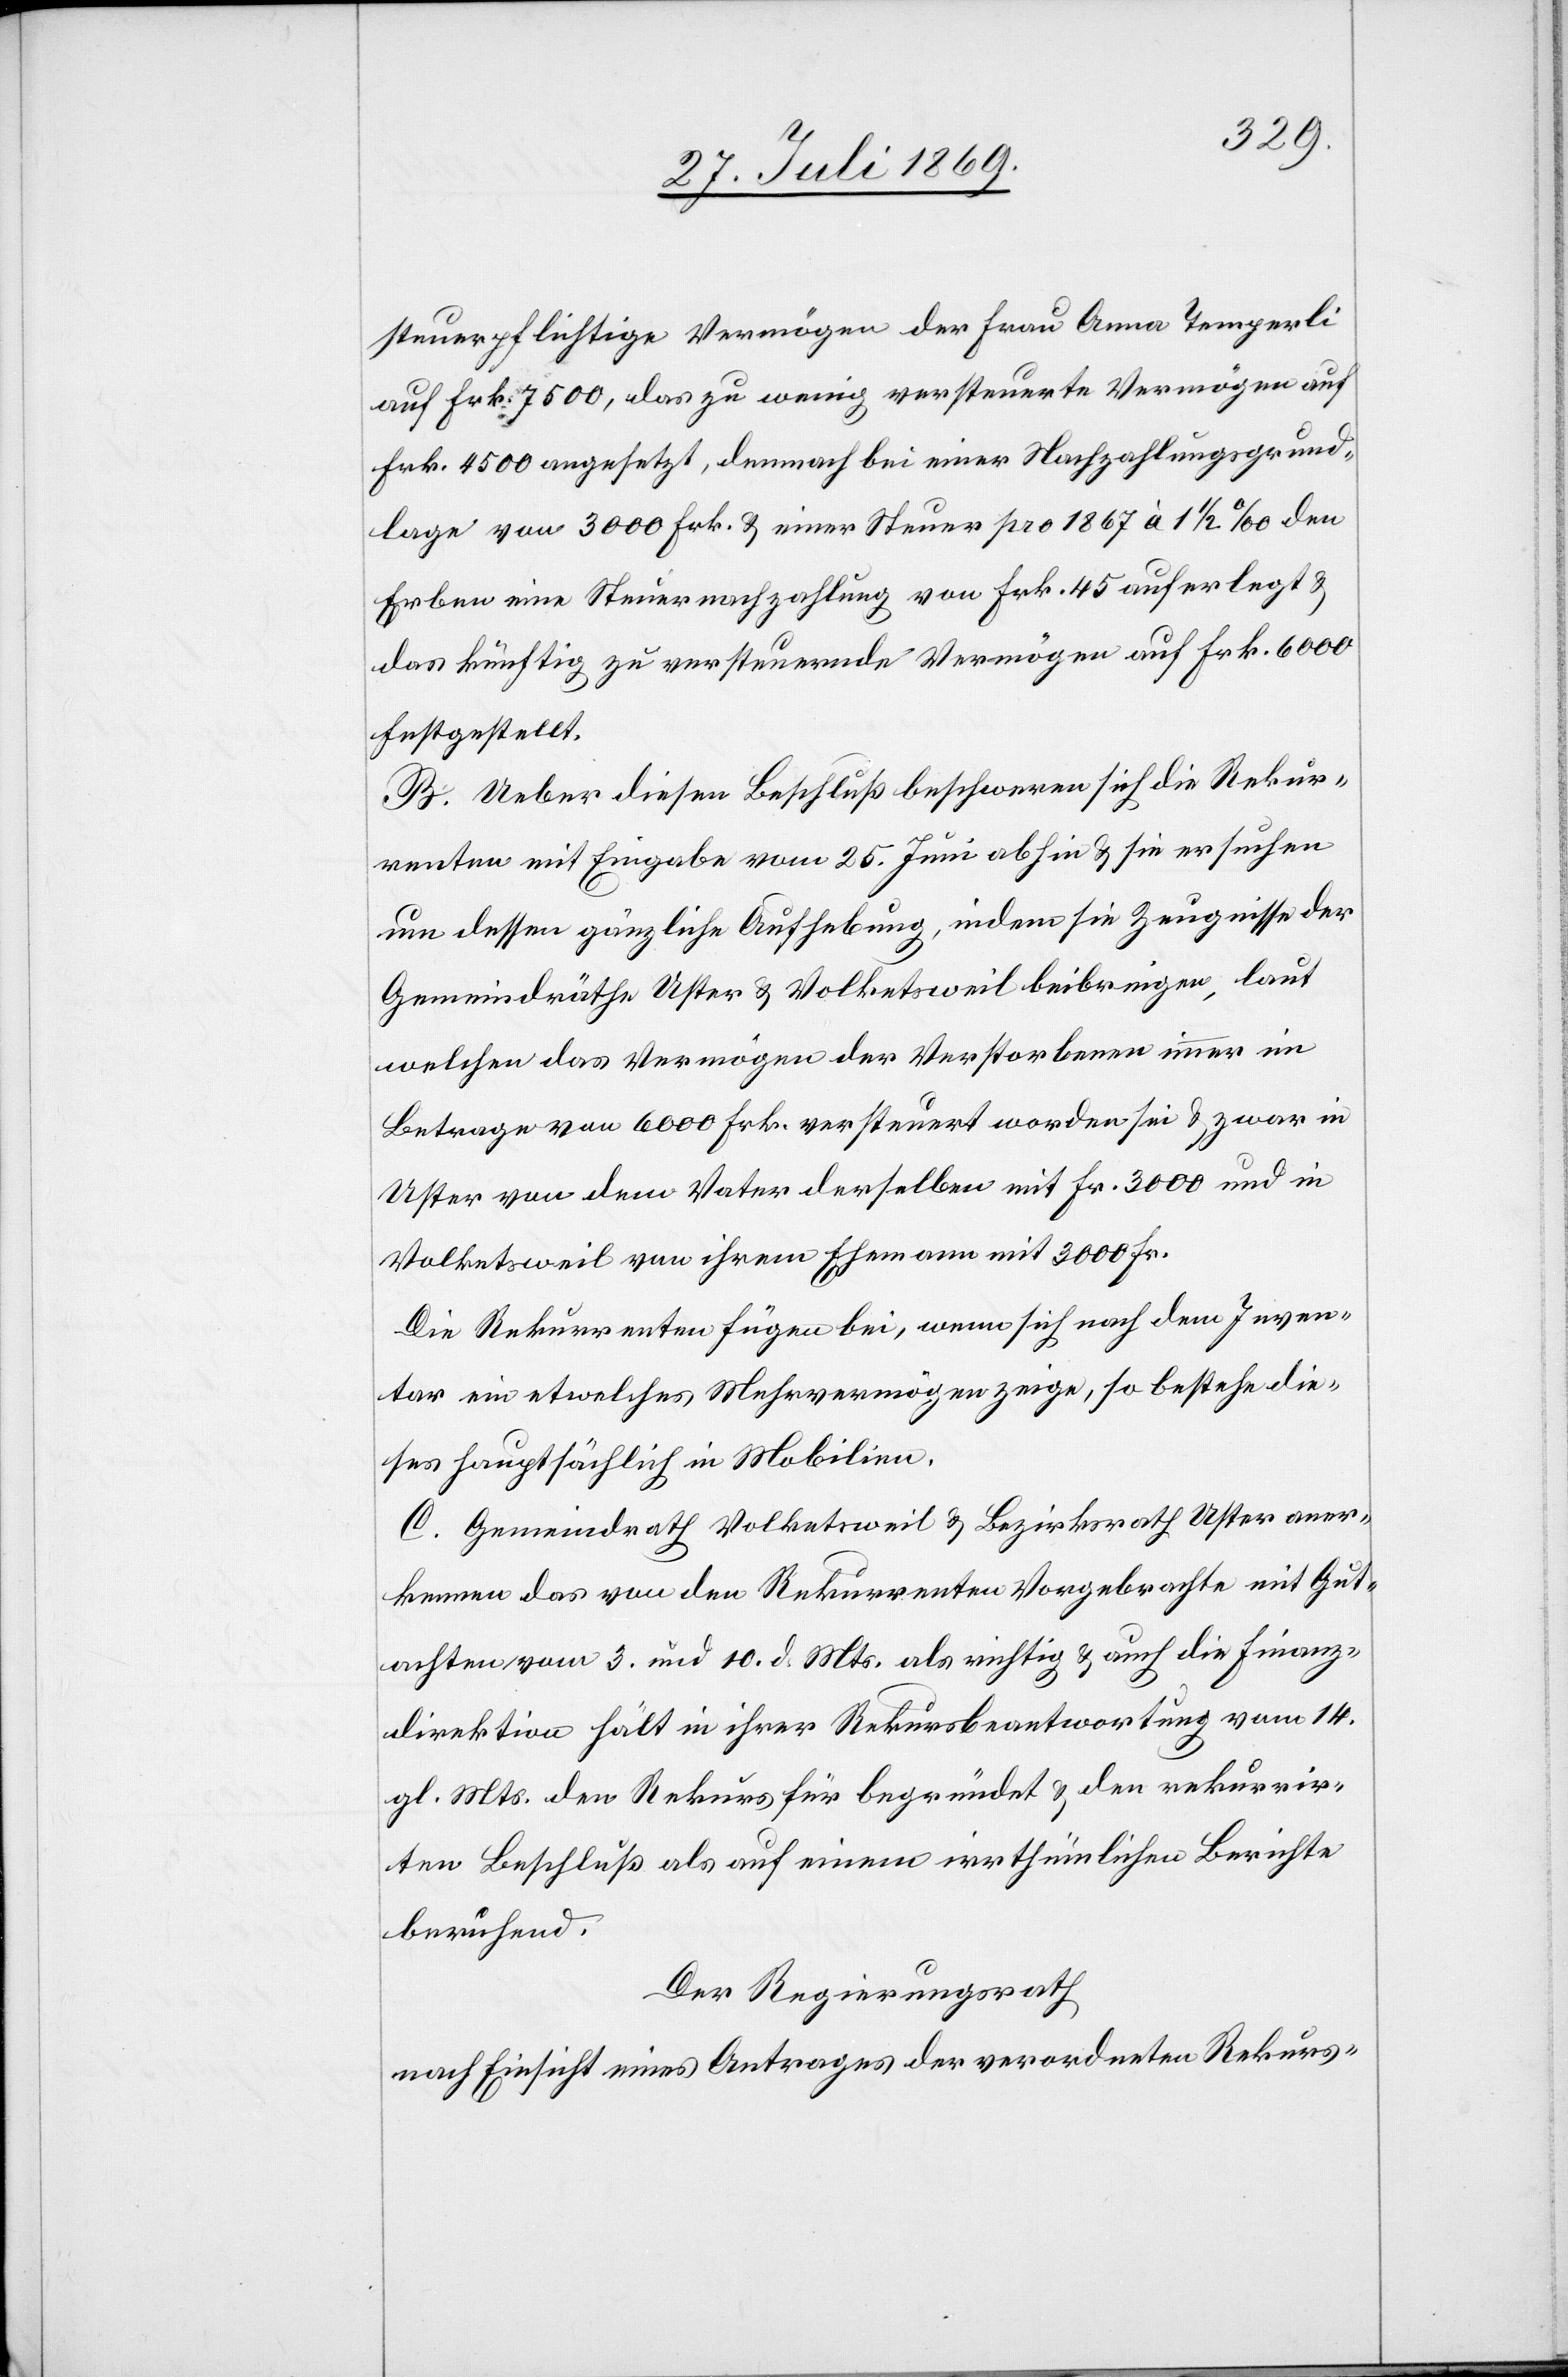
steuerpflichtige Vermögen der Frau Anna Temperli
auf Frk. 7500, das zu wenig versteuerte Vermögen auf
Frk. 4500 angesetzt, demnach bei einer Nachzahlungsgrund¬
lage von 3000 Frk. u. einer Steuer pro 1867 à 1 1/2 ‰ den
Erben eine Steuernachzahlung von Frk. 45 auferlegt u.
das künftig zu versteuernde Vermögen auf Frk. 6000
festgestellt.
B. Ueber diesen Beschluß beschweren sich die Rekur¬
renten mit Eingabe vom 25 Juni abhin u. sie ersuchen
um dessen gänzliche Aufhebung, indem sie Zeugnisse der
Gemeindräthe Uster u. Volketsweil beibringen, laut
welchen das Vermögen der Verstorbenen immer im
Betrage von 6000 Frk. versteuert worden sei u. zwar in
Uster von dem Vater derselben mit Fr. 3000 und in
Volketsweil von ihrem Ehemann mit 3000 Fr.
Die Rekurrenten fügen bei, wenn sich nach dem Inven¬
tar ein etwelches Mehrvermögen zeige, so bestehe die¬
ses hauptsächlich in Mobilien.
C. Gemeindrath Volketsweil u. Bezirksrath Uster aner¬
kennen das von den Rekurrenten Vorgebrachte mit Gut¬
achten vom 3 und 10 d. Mts. als richtig u. auch die Finanz¬
direktion hält in ihrer Rekursbeantwortung vom 14
gl. Mts. den Rekurs für begründet u. den rekurrir¬
ten Beschluß als auf einen irrthümlichen Berichte
berührend.
Der Regierungsrath
nach Einsicht eines Antrages der verordneten Rekurs-